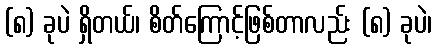
(၈) ခုပဲ ရှိတယ်၊ စိတ်ကြောင့်ဖြစ်တာလည်း (၈) ခုပဲ၊